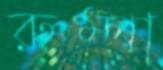
রুম্পা